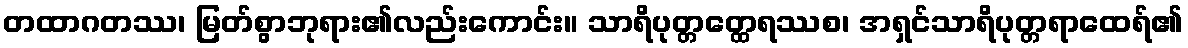
တထာဂတဿ၊ မြတ်စွာဘုရား၏လည်းကောင်း။ သာရိပုတ္တတ္ထေရဿစ၊ အရှင်သာရိပုတ္တရာထေရ်၏